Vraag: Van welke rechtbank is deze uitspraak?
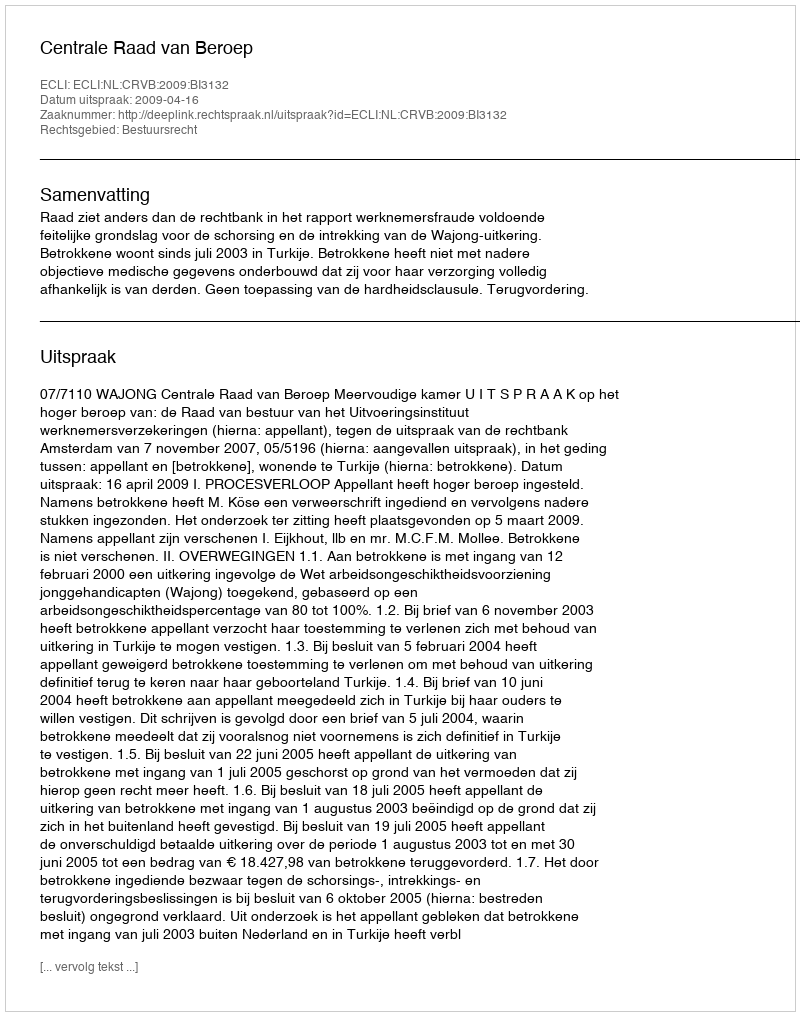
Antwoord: Centrale Raad van Beroep